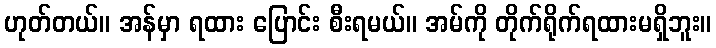
ဟုတ်တယ်။ အန်မှာ ရထား ပြောင်း စီးရမယ်။ အမ်ကို တိုက်ရိုက်ရထားမရှိဘူး။